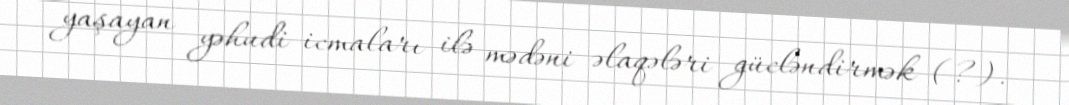
yaşayan yəhudi icmaları ilə mədəni əlaqələri gücləndirmək (?).